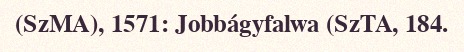
(SzMA), 1571: Jobbágyfalwa (SzTA, 184.